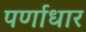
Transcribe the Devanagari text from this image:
पर्णाधार